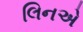
લિનએ